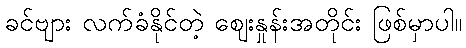
ခင်ဗျား လက်ခံနိုင်တဲ့ ဈေးနှုန်းအတိုင်း ဖြစ်မှာပါ။